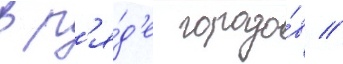
в р'я́д'е городо́в //